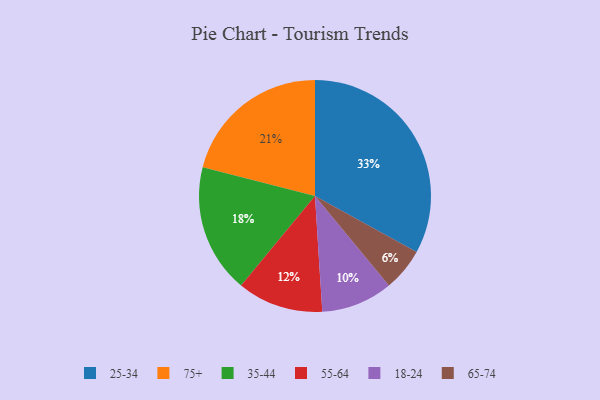
{"axis": {"x": "Category", "y": "Percentage"}, "legend": ["18-24", "25-34", "35-44", "55-64", "65-74", "75+"], "data": [{"x": "55-64", "y": 12, "type": "55-64"}, {"x": "75+", "y": 21, "type": "75+"}, {"x": "35-44", "y": 18, "type": "35-44"}, {"x": "25-34", "y": 33, "type": "25-34"}, {"x": "65-74", "y": 6, "type": "65-74"}, {"x": "18-24", "y": 10, "type": "18-24"}]}